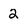
Character: 2